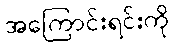
အကြောင်းရင်းကို